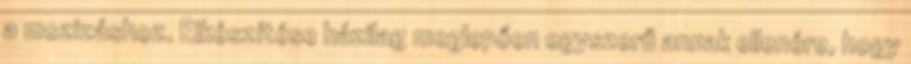
a mozizáshoz. Elkészítése házilag meglepően egyszerű annak ellenére, hogy